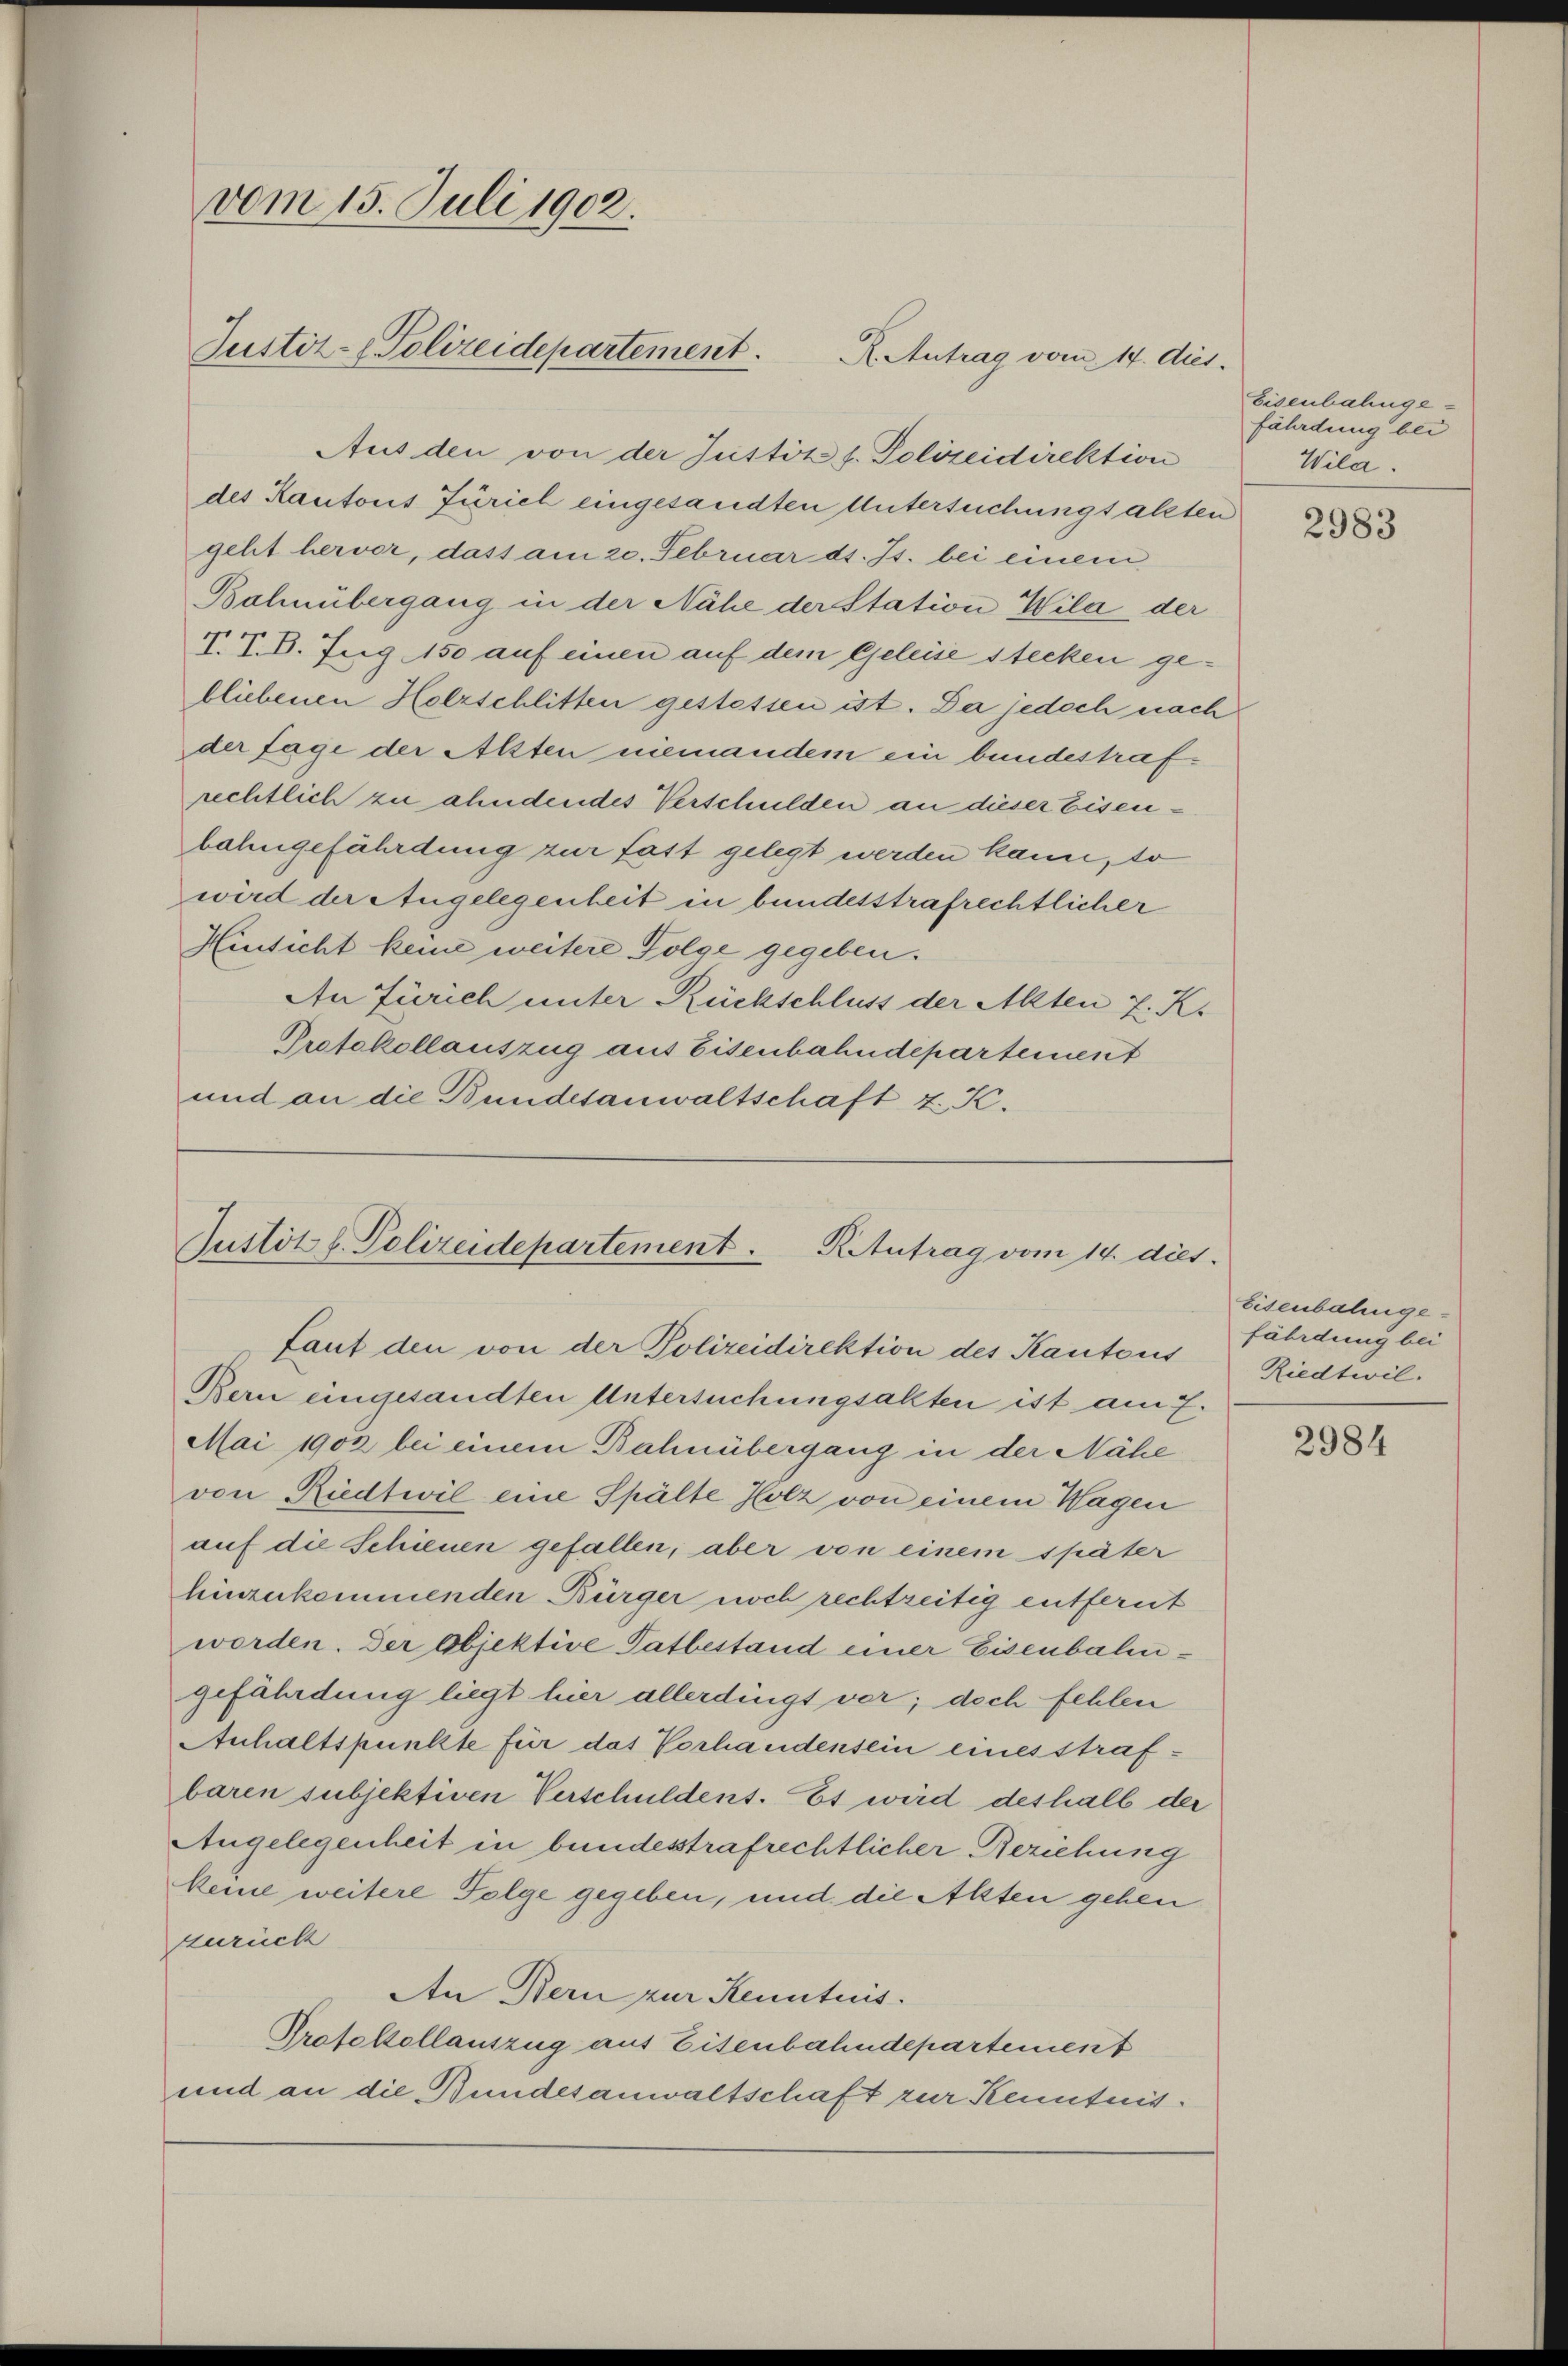
vom 15. Juli 1902.
Justiz-Polizeidepartement.
R. Antrag vom 14. dies.

Aus den von der Justiz s. Polizeidirektion
des Kantons Zürich eingesandten Untersuchungsalten
geht hervor, dass am 20. Februar d. Js. bei einem
Bahnübergang in der Nähe der Station Wila der
V. V. B. Zug 150 auf einen auf dem Geleise stecken gebliebenen Holzschlitten gestessen ist. Da jedoch nach
der sage der Alten niemandem ein bundestrafrechtlich zu ahndendes Verschulden an dieser Eisenbahngefährdung zur fast gelegt werden kann, so
wird der Angelegenheit in bundesstrafrechtlicher
Hinsicht keine weitere Folge gegeben.
An Zürich unter Rückschluss der Allten z. K.
Protokollauszug aus Eisenbahndepartement
und an die Bundesanwaltschaft z. K.

Justitl. Polizeidepartement. Ritutrag vom 14. dies
Laut den von der Polizeidirektion des Kantons

Bern eingesandten Untersuchungsakten ist am 7.
Mai 1902 bei einem Bahnübergang in der Nähe
von Riedtwil eine Spälte Holz von einem Wagen
auf die Schienen gefallen, aber von einem später
hinzukommenden Bürger noch rechtzeitig entfernt
worden. Der Objektive Tatbestand einer Eisenbahngefährdung liegt hier allerdingt vor; doch fehlen
Anhaltspunkte für das Verhandensein eines strafbaren subjektiven Verschuldens. Es wird deshalb der
Angelegenheit in bundesstrafrechtlicher Beziehung
keine weitere Folge gegeben, und die Alten gehen
zurück
An Bern zur Kenntnis.
Protokollauszug aus Eisenbahndepartement
und an die Bundesanwaltschaft zur Kenntnis¬

Eisenbahnge-
fährdung bei
Wila.

2983

Eisenbahngefährdung bei
Riedtwil.

2984